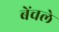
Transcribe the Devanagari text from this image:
बेंचले